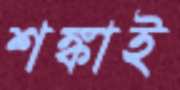
শঙ্কাই